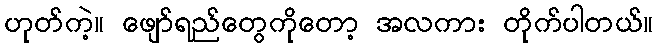
ဟုတ်ကဲ့။ ဖျော်ရည်တွေကိုတော့ အလကား တိုက်ပါတယ်။